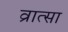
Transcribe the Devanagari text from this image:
व्रात्सा